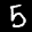
Label: 5